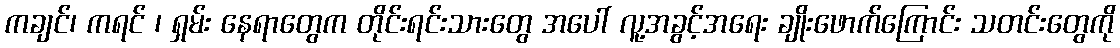
ကချင်၊ ကရင် ၊ ရှမ်း နေရာတွေက တိုင်းရင်းသားတွေ အပေါ် လူ့အခွင့်အရေး ချိုးဖောက်ကြောင်း သတင်းတွေကို